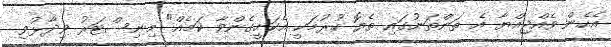
އެހެން ވެއްޖިއްޔާ އެ ތަންތަނުގައި ތެޔޮ ހުރުމަކީ އެކަށީގެންވާ ކަމެއް" މިނިސްޓަރު ވިދާޅުވި